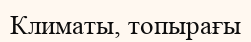
Климаты, топырағы